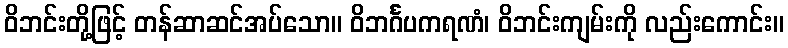
ဝိဘင်းတို့ဖြင့် တန်ဆာဆင်အပ်သော။ ဝိဘင်္ဂပကရဏံ၊ ဝိဘင်းကျမ်းကို လည်းကောင်း။